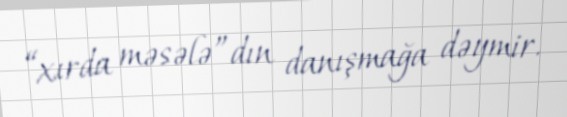
“xırda məsələ”dın danışmağa dəymir.